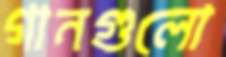
গানগুলো